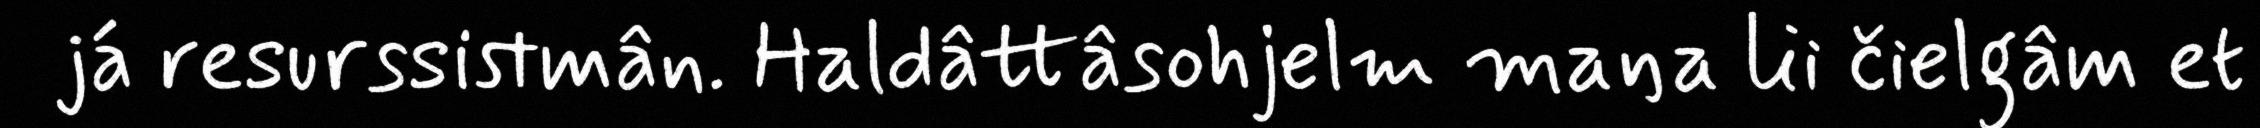
já resurssistmân. Haldâttâsohjelm maŋa lii čielgâm et